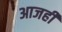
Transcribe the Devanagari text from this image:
अाजही